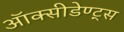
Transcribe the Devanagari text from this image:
ऑक्सीडेण्ट्स